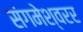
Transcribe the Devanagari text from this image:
संगमेश्वरर